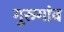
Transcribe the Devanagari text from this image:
गुरुगांव